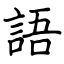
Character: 語